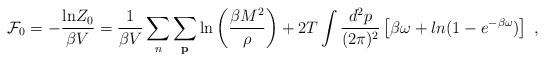
LaTeX: \begin{align*}{\cal F}_0 = -\frac{{\rm ln}Z_0}{\beta V}= \frac{1}{\beta V}\sum_n\sum_{\bf p}{\rm ln}\left(\frac{\beta M^2}{\rho}\right) + 2T\int\frac{d^2p}{(2\pi)^2}\left[\beta\omega+ ln(1-e^{-\beta\omega})\right]\;,\end{align*}